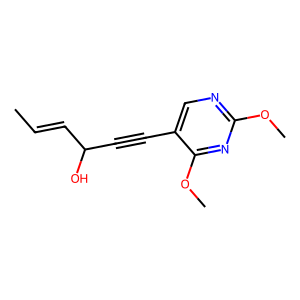
SMILES: CC=CC(O)C#Cc1cnc(OC)nc1OC
Inhibits HIV replication: No